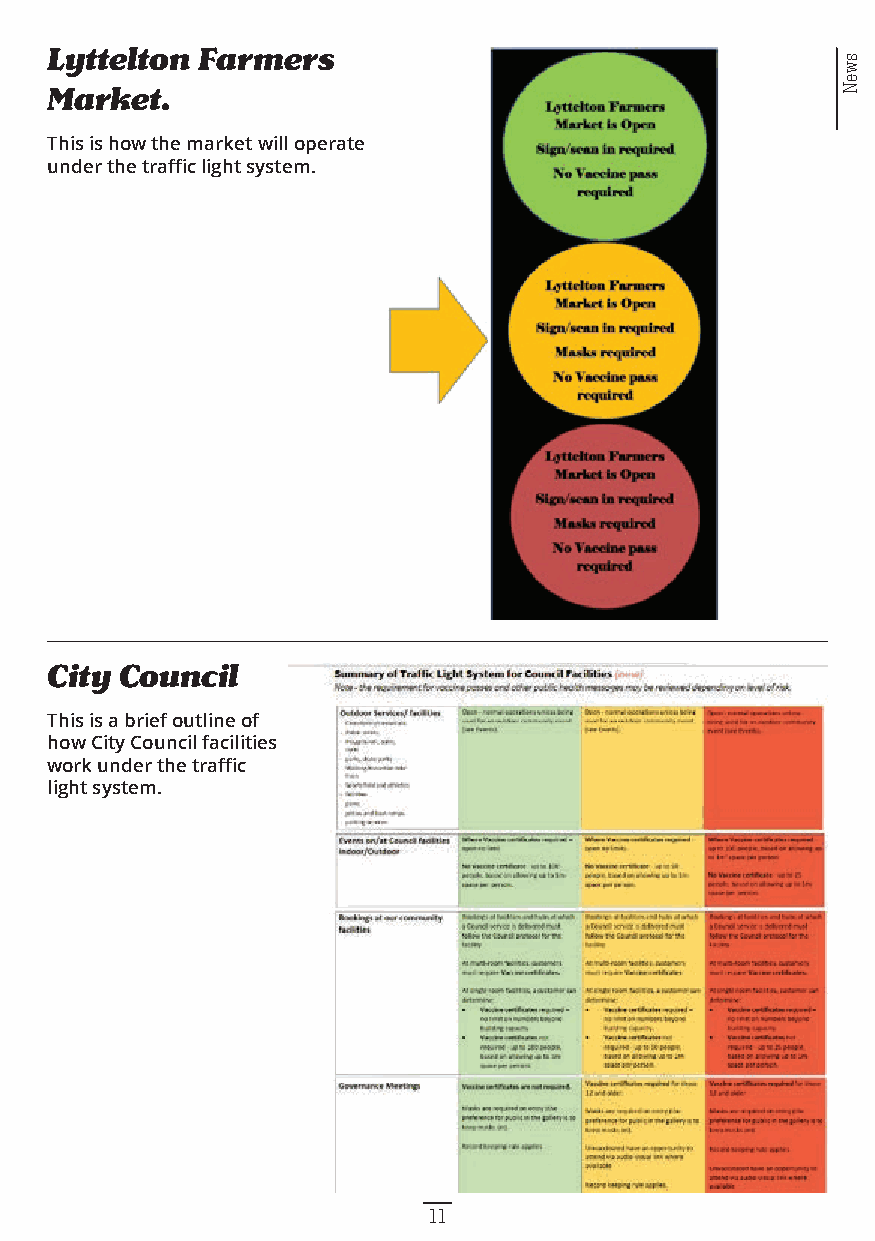
Lyttelton Farmers
 Market.
 This is how the market will operate
 under the traffic light system.
 City Council
 This is a brief outline of
 how City Council facilities
 work under the traffic
 light system.
 11
 sweN